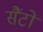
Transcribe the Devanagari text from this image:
सैंटों